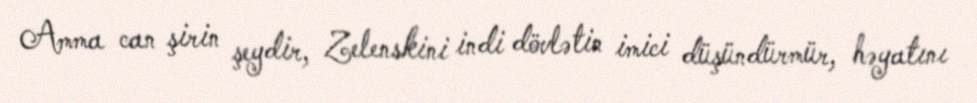
Amma can şirin şeydir, Zelenskini indi dövlətin imici düşündürmür, həyatını